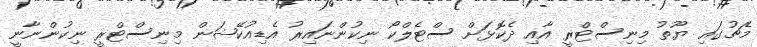
މެޗުގައި ޔޫތު މިނިސްޓްރީ އާއި ދެކޮޅަށް ސްޓެލްކޯ ނިކުންނައިރު އެޑިއުކޭޝަން މިނިސްޓްރީ ނިކުންނާނީ